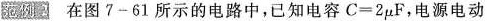
范例2 在图7-61所示的电路中，已知电容$$C = 2 μ F$$，电源电动